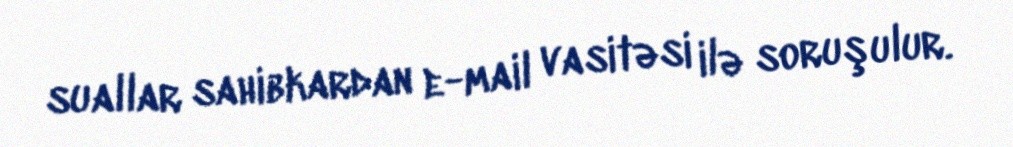
suallar sahibkardan e-mail vasitəsi ilə soruşulur.